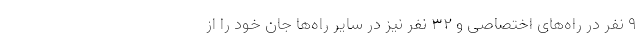
۹ نفر در راه‌های اختصاصی و ۳۲ نفر نیز در سایر راه‌ها جان خود را از